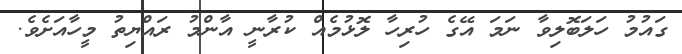
ގައުމު ހަލަބޮލިވާ ނަމަ އޭގެ ހުރިހާ ލޮޅުމެއް ކުރާނީ އާންމު ރައްޔިތު މީހާއަށެވެ.